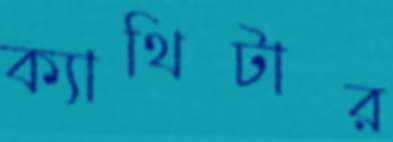
ক্যাথিটার